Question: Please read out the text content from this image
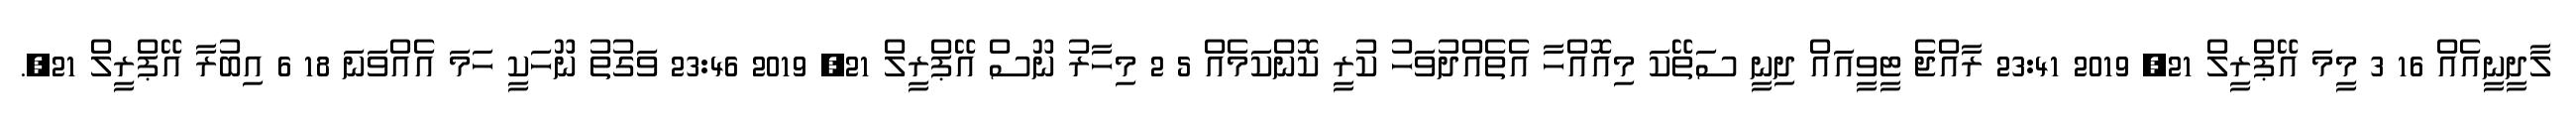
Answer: ލާދީނީއެއް 16 3 މީމަ އޭޕްރީލް 21, 2019 23:41 ރާއްޖެ ޓީވީއައް ދިނީ ސަތޭކަ މިއޮއްހާ އެތެއްދުވަހު ކުރީ ކޮންކަމެއް 5 2 މިހާރު ނޫސް އޭޕްރީލް 21, 2019 23:46 ވަގުތު ނޫހަކީ ހަމަ އެއްވަނަ 18 6 އިބުރާ އޭޕްރީލް 21,.